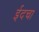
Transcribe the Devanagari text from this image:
ईदचा